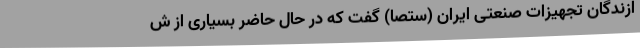
ازندگان تجهیزات صنعتی ایران (ستصا) گفت که در حال حاضر بسیاری از ش